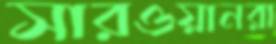
সারওয়ানরা